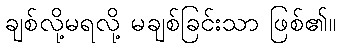
ချစ်လို့မရလို့ မချစ်ခြင်းသာ ဖြစ်၏။